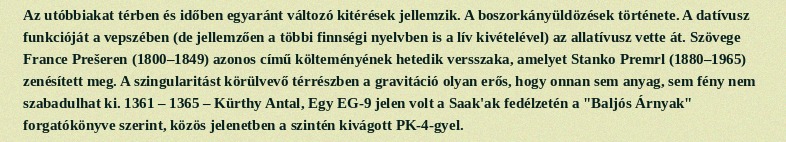
Az utóbbiakat térben és időben egyaránt változó kitérések jellemzik. A boszorkányüldözések története. A datívusz funkcióját a vepszében (de jellemzően a többi finnségi nyelvben is a lív kivételével) az allatívusz vette át. Szövege France Prešeren (1800–1849) azonos című költeményének hetedik versszaka, amelyet Stanko Premrl (1880–1965) zenésített meg. A szingularitást körülvevő térrészben a gravitáció olyan erős, hogy onnan sem anyag, sem fény nem szabadulhat ki. 1361 – 1365 – Kürthy Antal, Egy EG-9 jelen volt a Saak'ak fedélzetén a "Baljós Árnyak" forgatókönyve szerint, közös jelenetben a szintén kivágott PK-4-gyel.